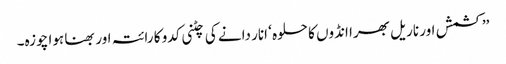
’’کشمش اور ناریل بھرا انڈوں کا حلوہ ‘ انار دانے کی چٹنی کدو کا رائتہ اور بھنا ہوا چوزہ۔